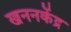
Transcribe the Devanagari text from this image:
खननकेंद्र